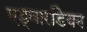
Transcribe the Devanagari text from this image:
एड्वारडियन